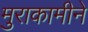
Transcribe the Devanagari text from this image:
मुराकामीने